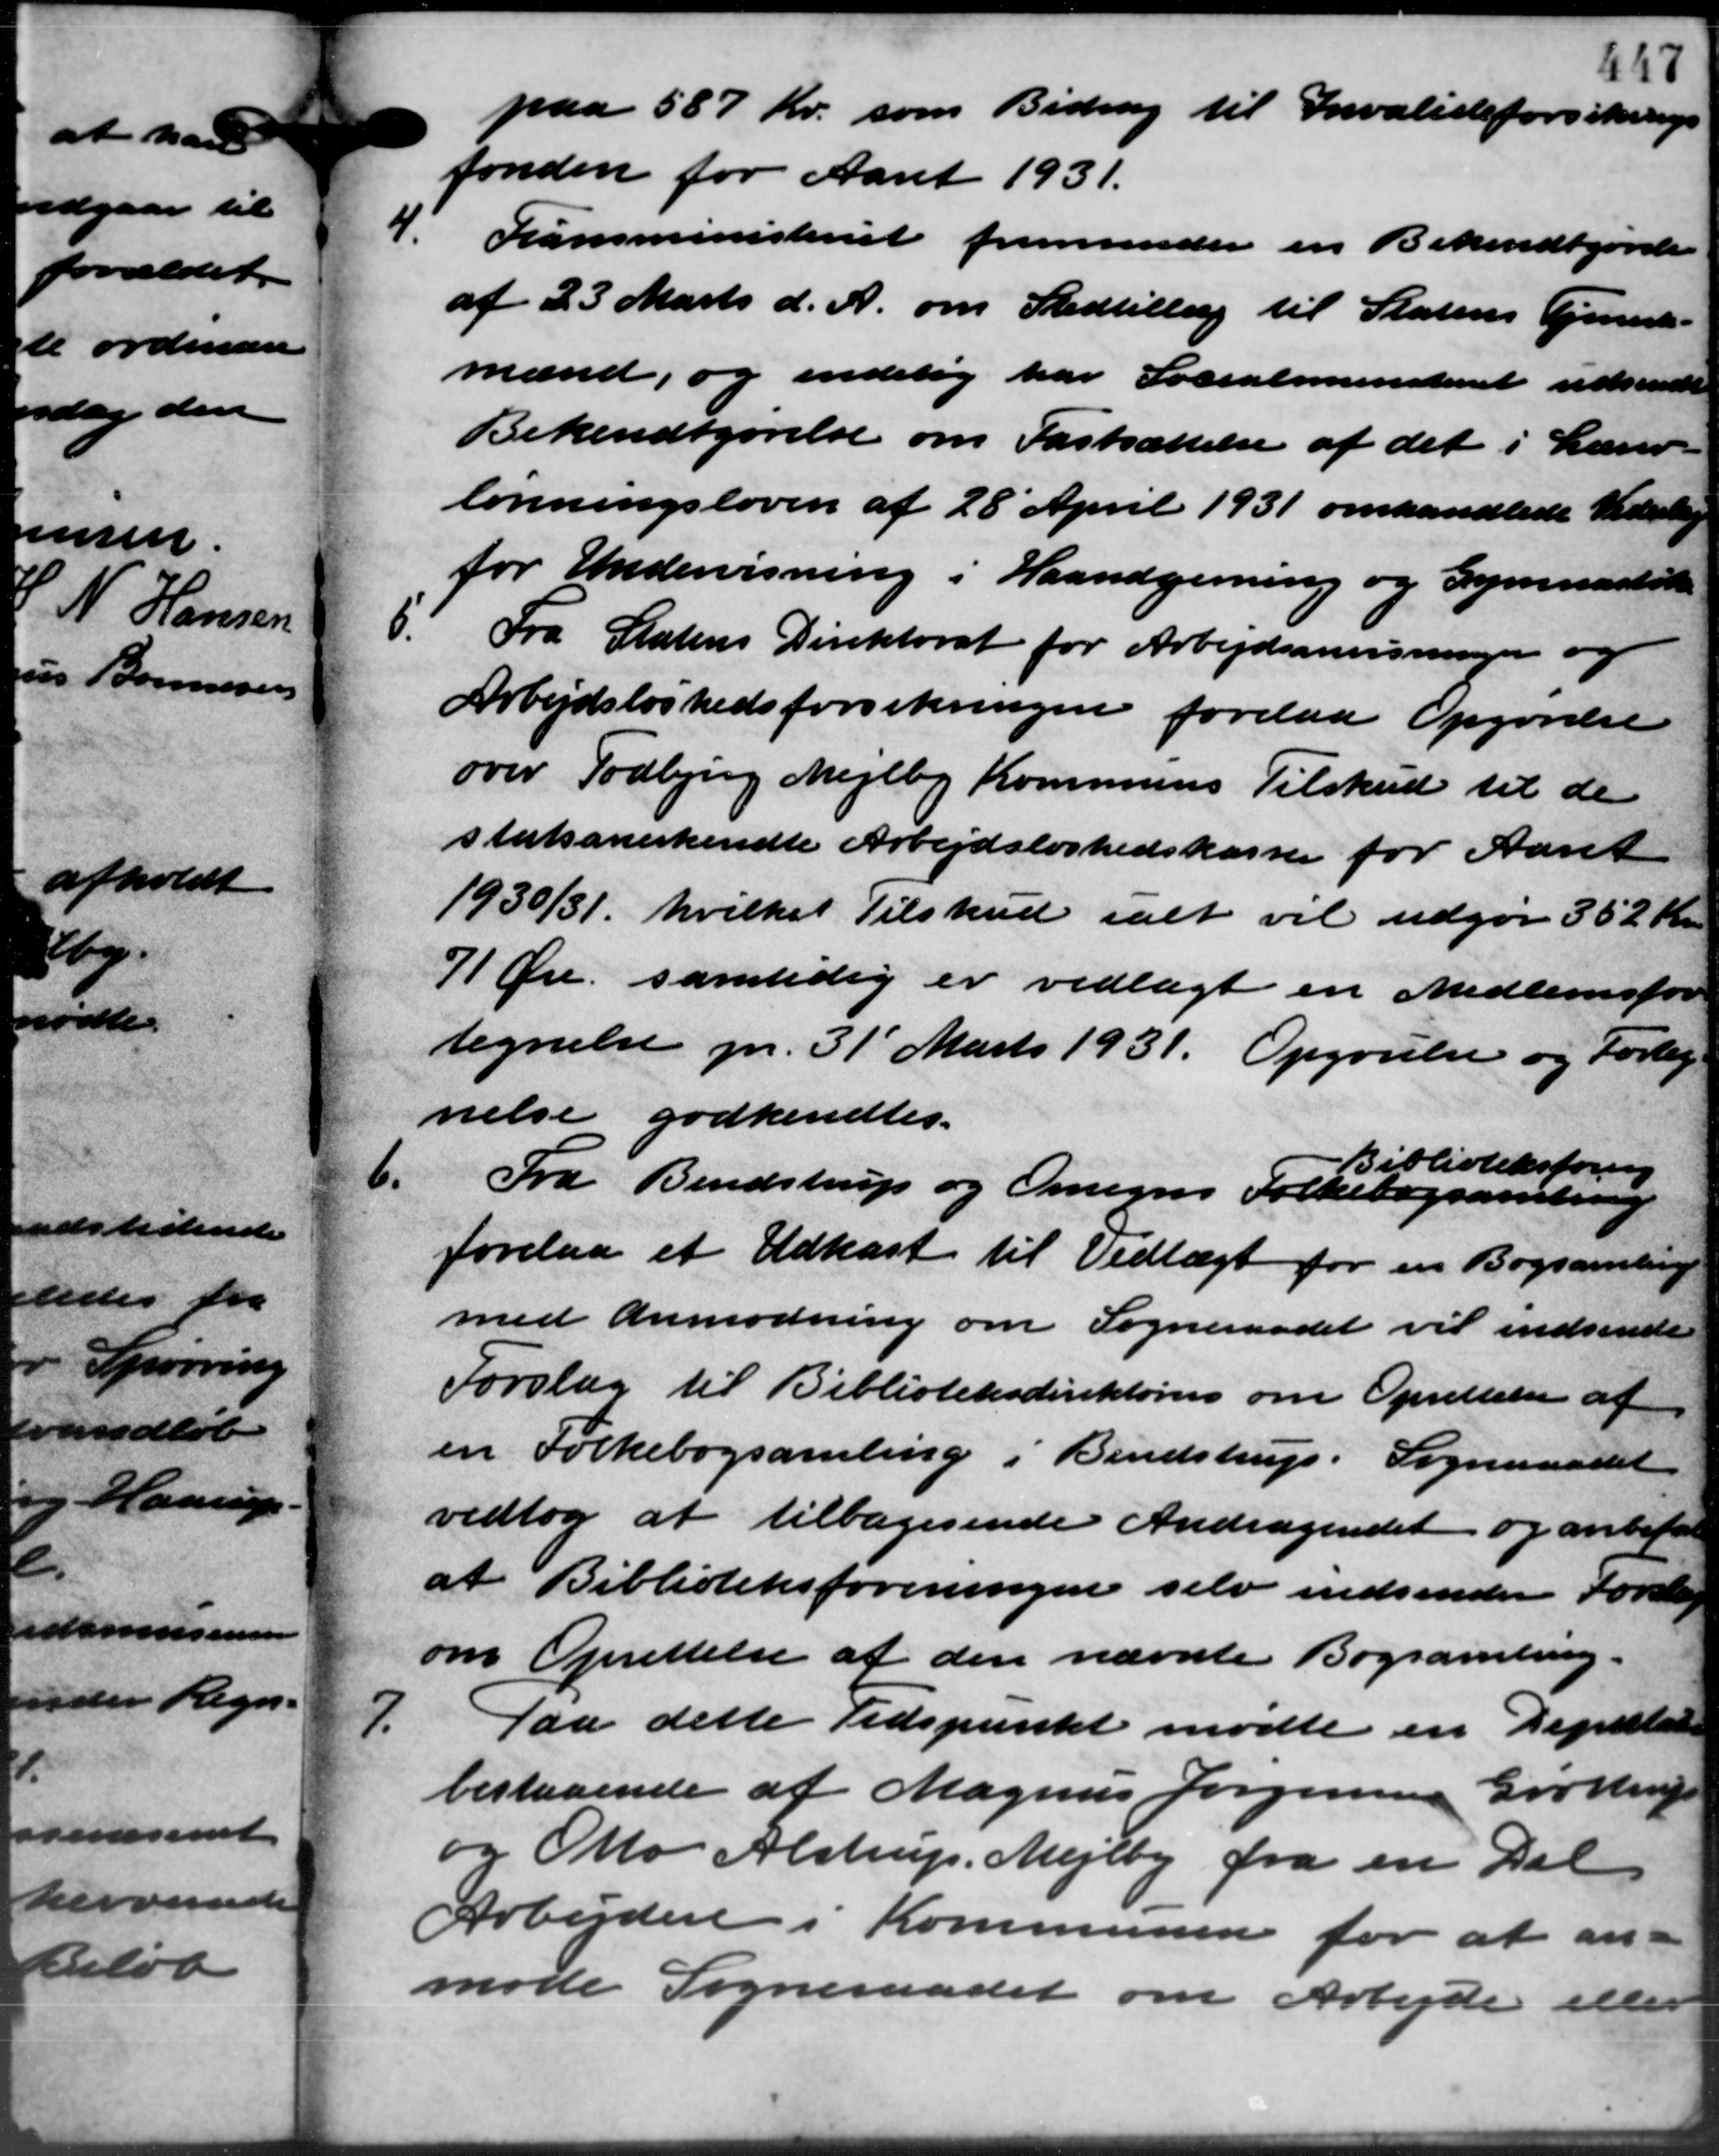
Transskription:
paa 587 Kr. som Bidrag til Invalideforsikrings
fonden for Aaret 1931.
4.
Tiansministeriet fremsender en Bekendtgørelse
af 23 Marts d. A. om Stedtillæg til Statens Tjenest -
mænd, og endelig har Socialministeriet udsendte
Bekendtgørelse om Fastsættelse af det i Lærer
lønningsloven af 28´April 1931 omhandlede Vederlig
for Undervisning i Haandgerning og Gymnastik
6.
Fra Statens Direktorat for Arbejdsanvisninger og
Arbejdsløshedsforsikringen forelaa Opgørelse
over Todbjerg Mejlby Kommunes Tilskud til de
statsanerkendte Arbejdsløshedskassen for Aaret
1930/31 hvilket Tilskud ialt vil udgør 352 Kr.
71 Øre samtidig er vedlagt en Medlemsfor
tegnelse pr. 31 Marts 1931. Opgørelse og Forlag
nelse godkendtes.
Biblioteksforening
6.
Fra Bendstrup og Omegns Folkebogsamling
forelaa et Udkast til Vedtægt for en Bogsamling
med Anmodning om Sogneraadet vil indsende
Forslag til Biblioteksdirektøren om Oprettelse af
en Folkebogsamling i Bendstrup. Sogneraadet
vedtog at tilbagesende Andragendet og anbefale
at Biblioteksforeningen selv indsender Forslag
om Oprettelse af den nævnte Bogsamling.
7.
Paa dette Tidspunkt mødte en Depillet
bestaaende af Magnus Jørgensen Grøttrup
og Otto Alstrup, Mejlby fra en Del
Arbejdere i Kommunen for at an-
møde Sogneraadet om Arbejde eller